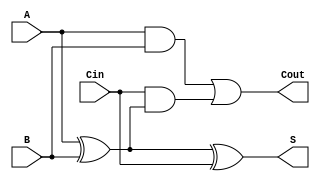
module transmission_gate_full_adder (
    input wire A,     // First input bit
    input wire B,     // Second input bit
    input wire Cin,   // Carry input bit
    output wire S,    // Sum output bit
    output wire Cout   // Carry output bit
);

// Internal wire declarations
wire A_xor_B;      // Intermediate wire for A  B
wire AB_and;       // Intermediate wire for A  B
wire Cin_and_A_xor_B; // Intermediate wire for Cin  (A  B)

// Calculate A  B using transmission gates
assign A_xor_B = (A ^ B);

// Generate Cout = (A  B) + (Cin  (A  B))
assign AB_and = A & B; // A  B
assign Cin_and_A_xor_B = Cin & A_xor_B; // Cin  (A  B)
assign Cout = AB_and | Cin_and_A_xor_B; // Cout = (A  B) + (Cin  (A  B))

// Calculate S = A  B  Cin using transmission gates
assign S = A_xor_B ^ Cin; // S = (A  B)  Cin

endmodule